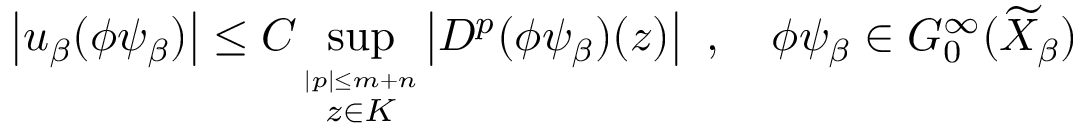
\left| u _ { \beta } ( \phi \psi _ { \beta } ) \right| \leq C \operatorname * { s u p } _ { \stackrel { { | p | \leq m + n } } { z \in K } } \left| D ^ { p } ( \phi \psi _ { \beta } ) ( z ) \right| \, \, , \quad \phi \psi _ { \beta } \in G _ { 0 } ^ { \infty } ( \widetilde { X } _ { \beta } ) \, \,